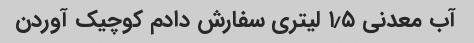
آب معدنی ۱٫۵ لیتری سفارش دادم کوچیک آوردن